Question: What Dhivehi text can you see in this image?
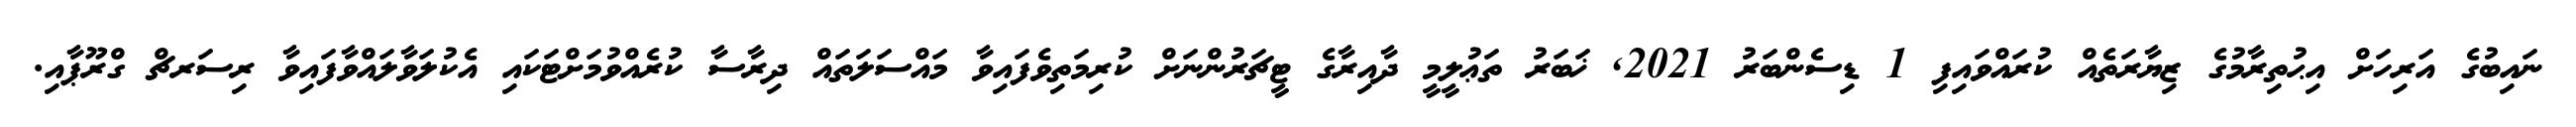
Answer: ނައިބުގެ އަރިހަށް އިޙުތިރާމުގެ ޒިޔާރަތެއް ކުރައްވައިފި 1 ޑިސެންބަރު 2021, ޚަބަރު ތަޢުލީމީ ދާއިރާގެ ޓީޗަރުންނަށް ކުރިމަތިވެފައިވާ މައްސަލަތައް ދިރާސާ ކުރެއްވުމަށްޓަކައި އެކުލަވާލައްވާފައިވާ ރިސަރޗް ގްރޫޕާއި.